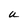
Character: U